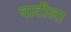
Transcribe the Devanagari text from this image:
दाटीला